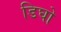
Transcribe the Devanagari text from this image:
डिघो